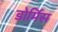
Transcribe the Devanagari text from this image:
डोर्मिस